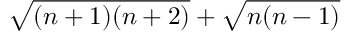
\sqrt { ( n + 1 ) ( n + 2 ) } + \sqrt { n ( n - 1 ) }